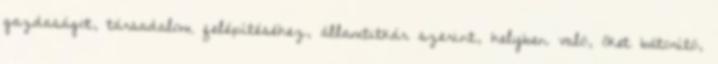
gazdaságot, társadalom felépítéséhez, államtitkár szerint, helyben való, őket bátorító,